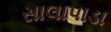
સાલાપાડા